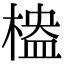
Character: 𣖮